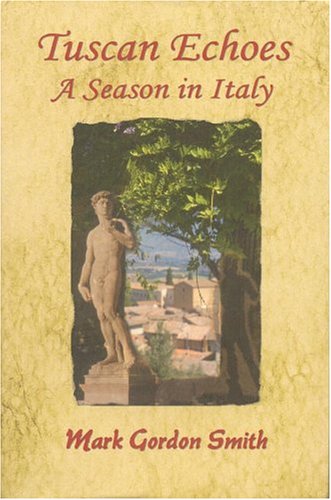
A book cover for Tuscan Echoes: A Season in Italy; Mark Gordon Smith; Travel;